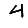
Digit: 4